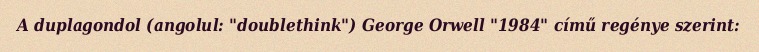
A duplagondol (angolul: "doublethink") George Orwell "1984" című regénye szerint: